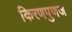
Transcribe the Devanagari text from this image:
किरणपुणज